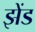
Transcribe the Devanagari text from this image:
झेंड